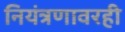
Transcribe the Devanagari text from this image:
नियंत्रणावरही